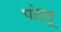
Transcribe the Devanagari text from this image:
पोइतू